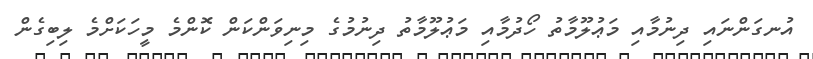
އުނގަންނައި ދިނުމާއި މަޢުލޫމާތު ހޯދުމާއި މަޢުލޫމާތު ދިނުމުގެ މިނިވަންކަން ކޮންމެ މީހަކަށްމެ ލިބިގެން